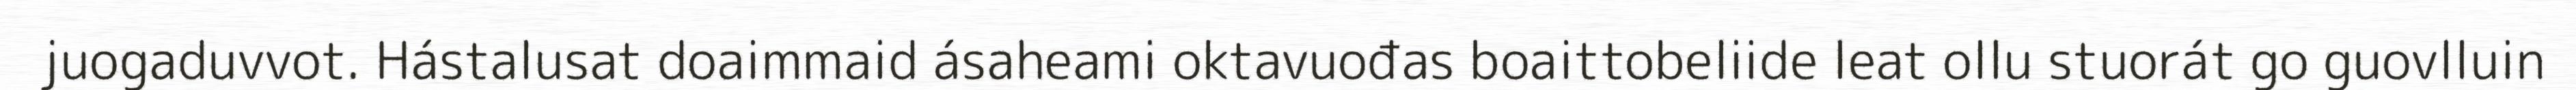
juogaduvvot. Hástalusat doaimmaid ásaheami oktavuođas boaittobeliide leat ollu stuorát go guovlluin